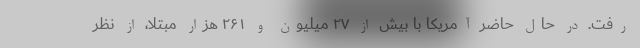
رفت. در حال حاضر آمریکا با بیش از ۲۷ میلیون و ۲۶۱ هزار مبتلا، از نظر